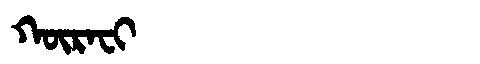
Manchu: ᡴᡡᡵᠠᠸᡳ
Romanization: KŪRAFI